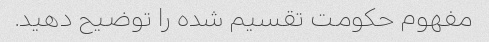
مفهوم حکومت تقسیم شده را توضیح دهید.